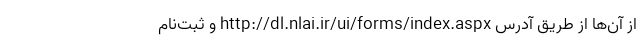
از آن‌ها از طریق آدرس http://dl.nlai.ir/ui/forms/index.aspx و ثبت‌نام